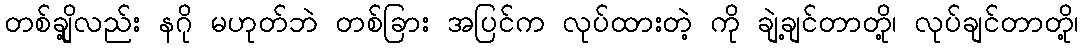
တစ်ချို့လည်း နဂို မဟုတ်ဘဲ တစ်ခြား အပြင်က လုပ်ထားတဲ့ ကို ချဲ့ချင်တာတို့၊ လုပ်ချင်တာတို့၊